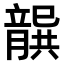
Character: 𭘐